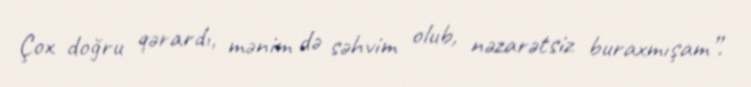
Çox doğru qərardı, mənim də səhvim olub, nəzarətsiz buraxmışam”.